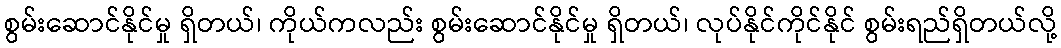
စွမ်းဆောင်နိုင်မှု ရှိတယ်၊ ကိုယ်ကလည်း စွမ်းဆောင်နိုင်မှု ရှိတယ်၊ လုပ်နိုင်ကိုင်နိုင် စွမ်းရည်ရှိတယ်လို့